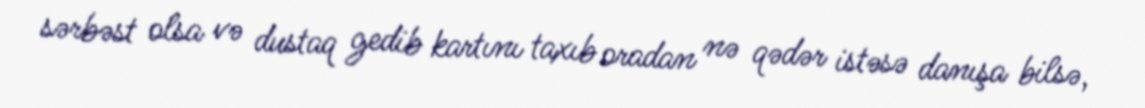
sərbəst olsa və dustaq gedib kartını taxıb oradan nə qədər istəsə danışa bilsə,